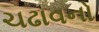
ચઢાવનો